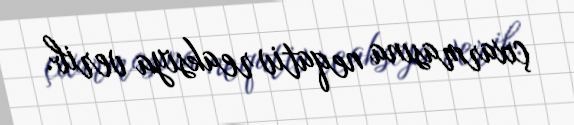
çıxarmasına neqativ reaksiya verib.